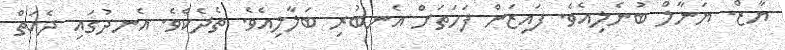
ޔާޒް. ޔަނާލް ބުނެލިއެވެ. ފައިޒަން ފަހަތަށް އެނބުރި ބަލާލިއެވެ. ތެދެކެވެ. އެނދުގައި ދެއަތް